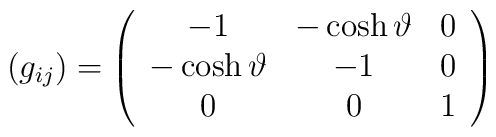
(g_{ij}) = \left(\begin{array}{ccc} -1 & - \cosh \vartheta & 0 \\                                  - \cosh \vartheta & -1 & 0 \\                                  0 & 0 & 1 \end{array} \right)